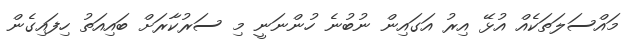
މައްސަލަތަކެއް އުޅޭ އިރު އަގައިން ނުބުނެ ހުންނަނީ މި ސަރުކާރަށް ބައިއަތު ހިފައިގެން